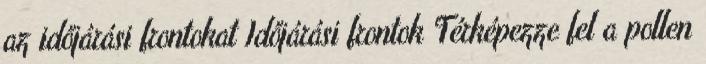
az időjárási frontokat Időjárási frontok Térképezze fel a pollen